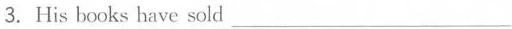
3.His books have sold ___